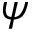
\psi